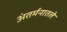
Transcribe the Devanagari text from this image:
अंतर्मनातले